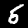
Digit: 5